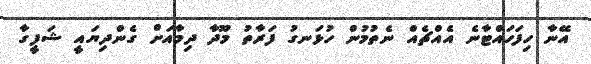
އޭނާ ހިފަހައްޓާނެ އެއްޗެއް ނެތުމުން ހުޅަނގު ފަރާތު މޫދާ ދިމާއަށް ގެންދިޔައީ ޝަފީގާ